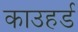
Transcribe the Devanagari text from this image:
काउहर्ड